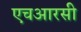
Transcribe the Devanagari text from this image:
एचआरसी